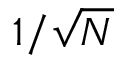
1 / \sqrt { N }